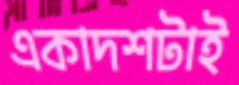
একাদশটাই